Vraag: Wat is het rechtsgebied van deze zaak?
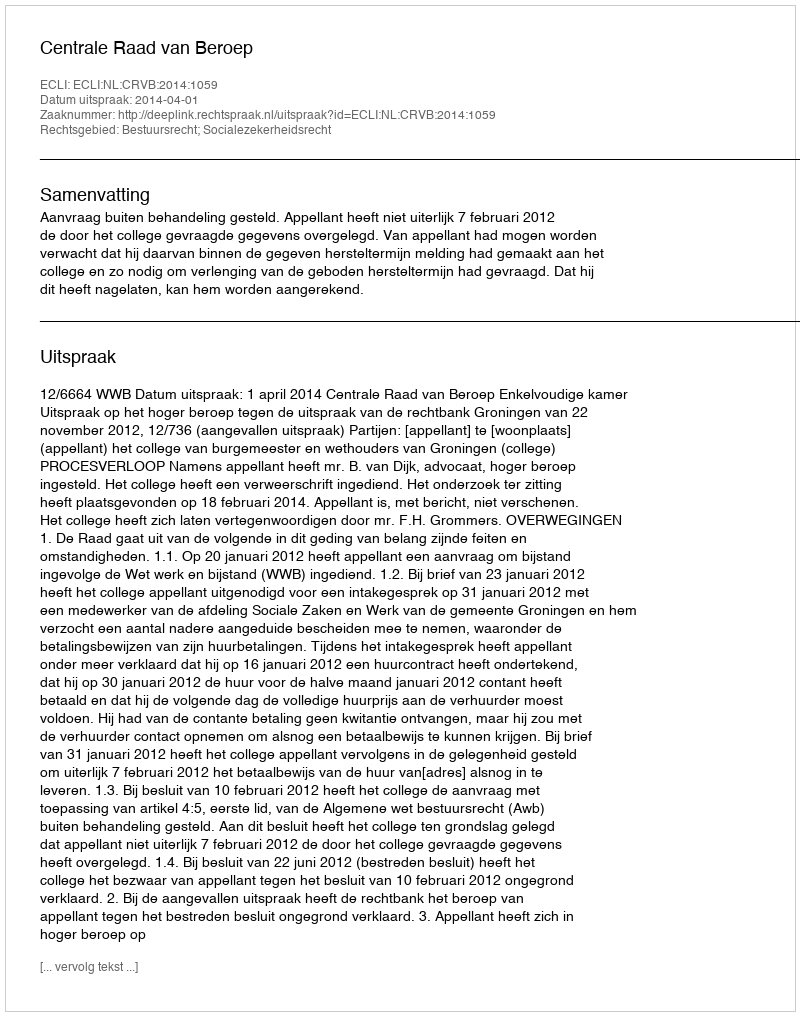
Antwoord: Bestuursrecht; Socialezekerheidsrecht